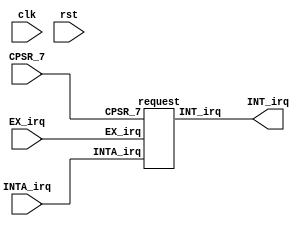
module interrupt_control_circuit(
    input clk,
    input rst,
    input CPSR_7,
    input EX_irq,
    input INTA_irq,

    output INT_irq
    //output [1:0]PC_s
    );
    
    request request(
        .CPSR_7(CPSR_7),
        .EX_irq(EX_irq),
        .INTA_irq(INTA_irq),

        .INT_irq(INT_irq)
    );
    
    /*decode decode_mod(
        .clk(clk),
        .INT_irq(INT_irq),

        .INTA_irq(INTA_irq)
        //.PC_s(PC_s)
    );*/   
endmodule


module d_flip_flop(//D
    input d,
    input clk,
    input clr,
    output reg q
    );
        
    always@ (posedge clk or posedge clr) begin
        if(clr) begin
            q <= 0; 
        end
        else begin
            q <= d;
        end
    end
    
endmodule

module request(//
    input CPSR_7,
    input INTA_irq,
    input EX_irq,
    
    output INT_irq,
    output Q
    );
    
    //wire Q;
    
    d_flip_flop D1(//
        .d(1'b1),//1
        .clk(~CPSR_7),//
        .clr(INTA_irq),//10INTA_irq1

        .q(Q)
    );
    
    d_flip_flop D2(
        .d(Q),
        .clk(EX_irq),
        .clr(INTA_irq),

        .q(INT_irq)
    );
endmodule

/*module decode(
    input clk,
    input INT_irq,
    
    output reg INTA_irq,
    output reg [1:0]PC_s,
    output reg Write_PC
    );
    always@(posedge clk) begin
        if(INT_irq) begin
            INTA_irq <= 1;
            PC_s <= 2'b11;
            Write_PC <= 1;
        end
        else begin
            INTA_irq <= 0;
            PC_s <= 2'b00;
            Write_PC <= 0;
        end
    end
endmodule*/